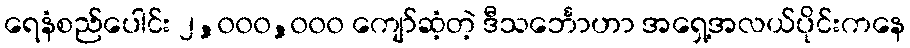
ရေနံစည်ပေါင်း ၂,၀၀၀,၀၀၀ ကျော်ဆံ့တဲ့ ဒီသင်္ဘောဟာ အရှေ့အလယ်ပိုင်းကနေ